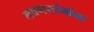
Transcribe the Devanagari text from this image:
लवणस्तंभांना